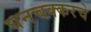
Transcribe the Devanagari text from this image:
घनचक्करचे